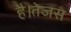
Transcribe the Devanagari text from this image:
है।तेजस